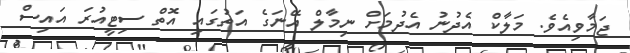
ޖަމާވިއެވެ. މަލާކް އެދުނު އެދުމަށް ނިމާލް އޭނަގެ އަތުގައި އޮތް ސިޓީއުރަ އައިސް